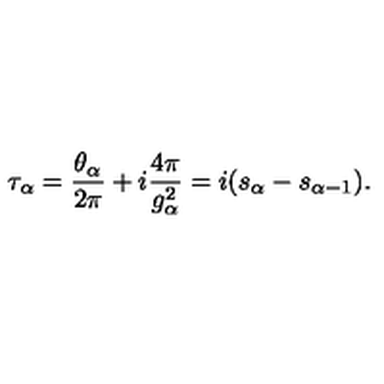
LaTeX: \tau _ { \alpha } = { \frac { \theta _ { \alpha } } { 2 \pi } } + i { \frac { 4 \pi } { g _ { \alpha } ^ { 2 } } } = i ( s _ { \alpha } - s _ { \alpha - 1 } ) .